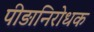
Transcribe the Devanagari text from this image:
पीड़ानिरोधक